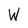
Character: W